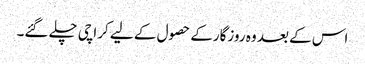
اس کے بعد وہ روزگارکے حصول کے لیے کراچی چلے گئے۔